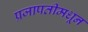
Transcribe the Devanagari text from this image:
प्रजापतीमधून